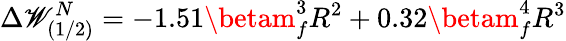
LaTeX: \Delta\mathscr{W}_{(1/2)}^{N}=-1.51\betam_{f}^{3}R^{2}+0.32\betam_{f}^{4}R^{3}